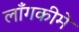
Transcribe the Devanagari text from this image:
लाँगकीमे